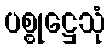
ပစ္စုဋ္ဌေသုံ